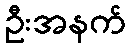
ဦးအနက်